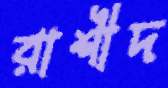
রাশীদ